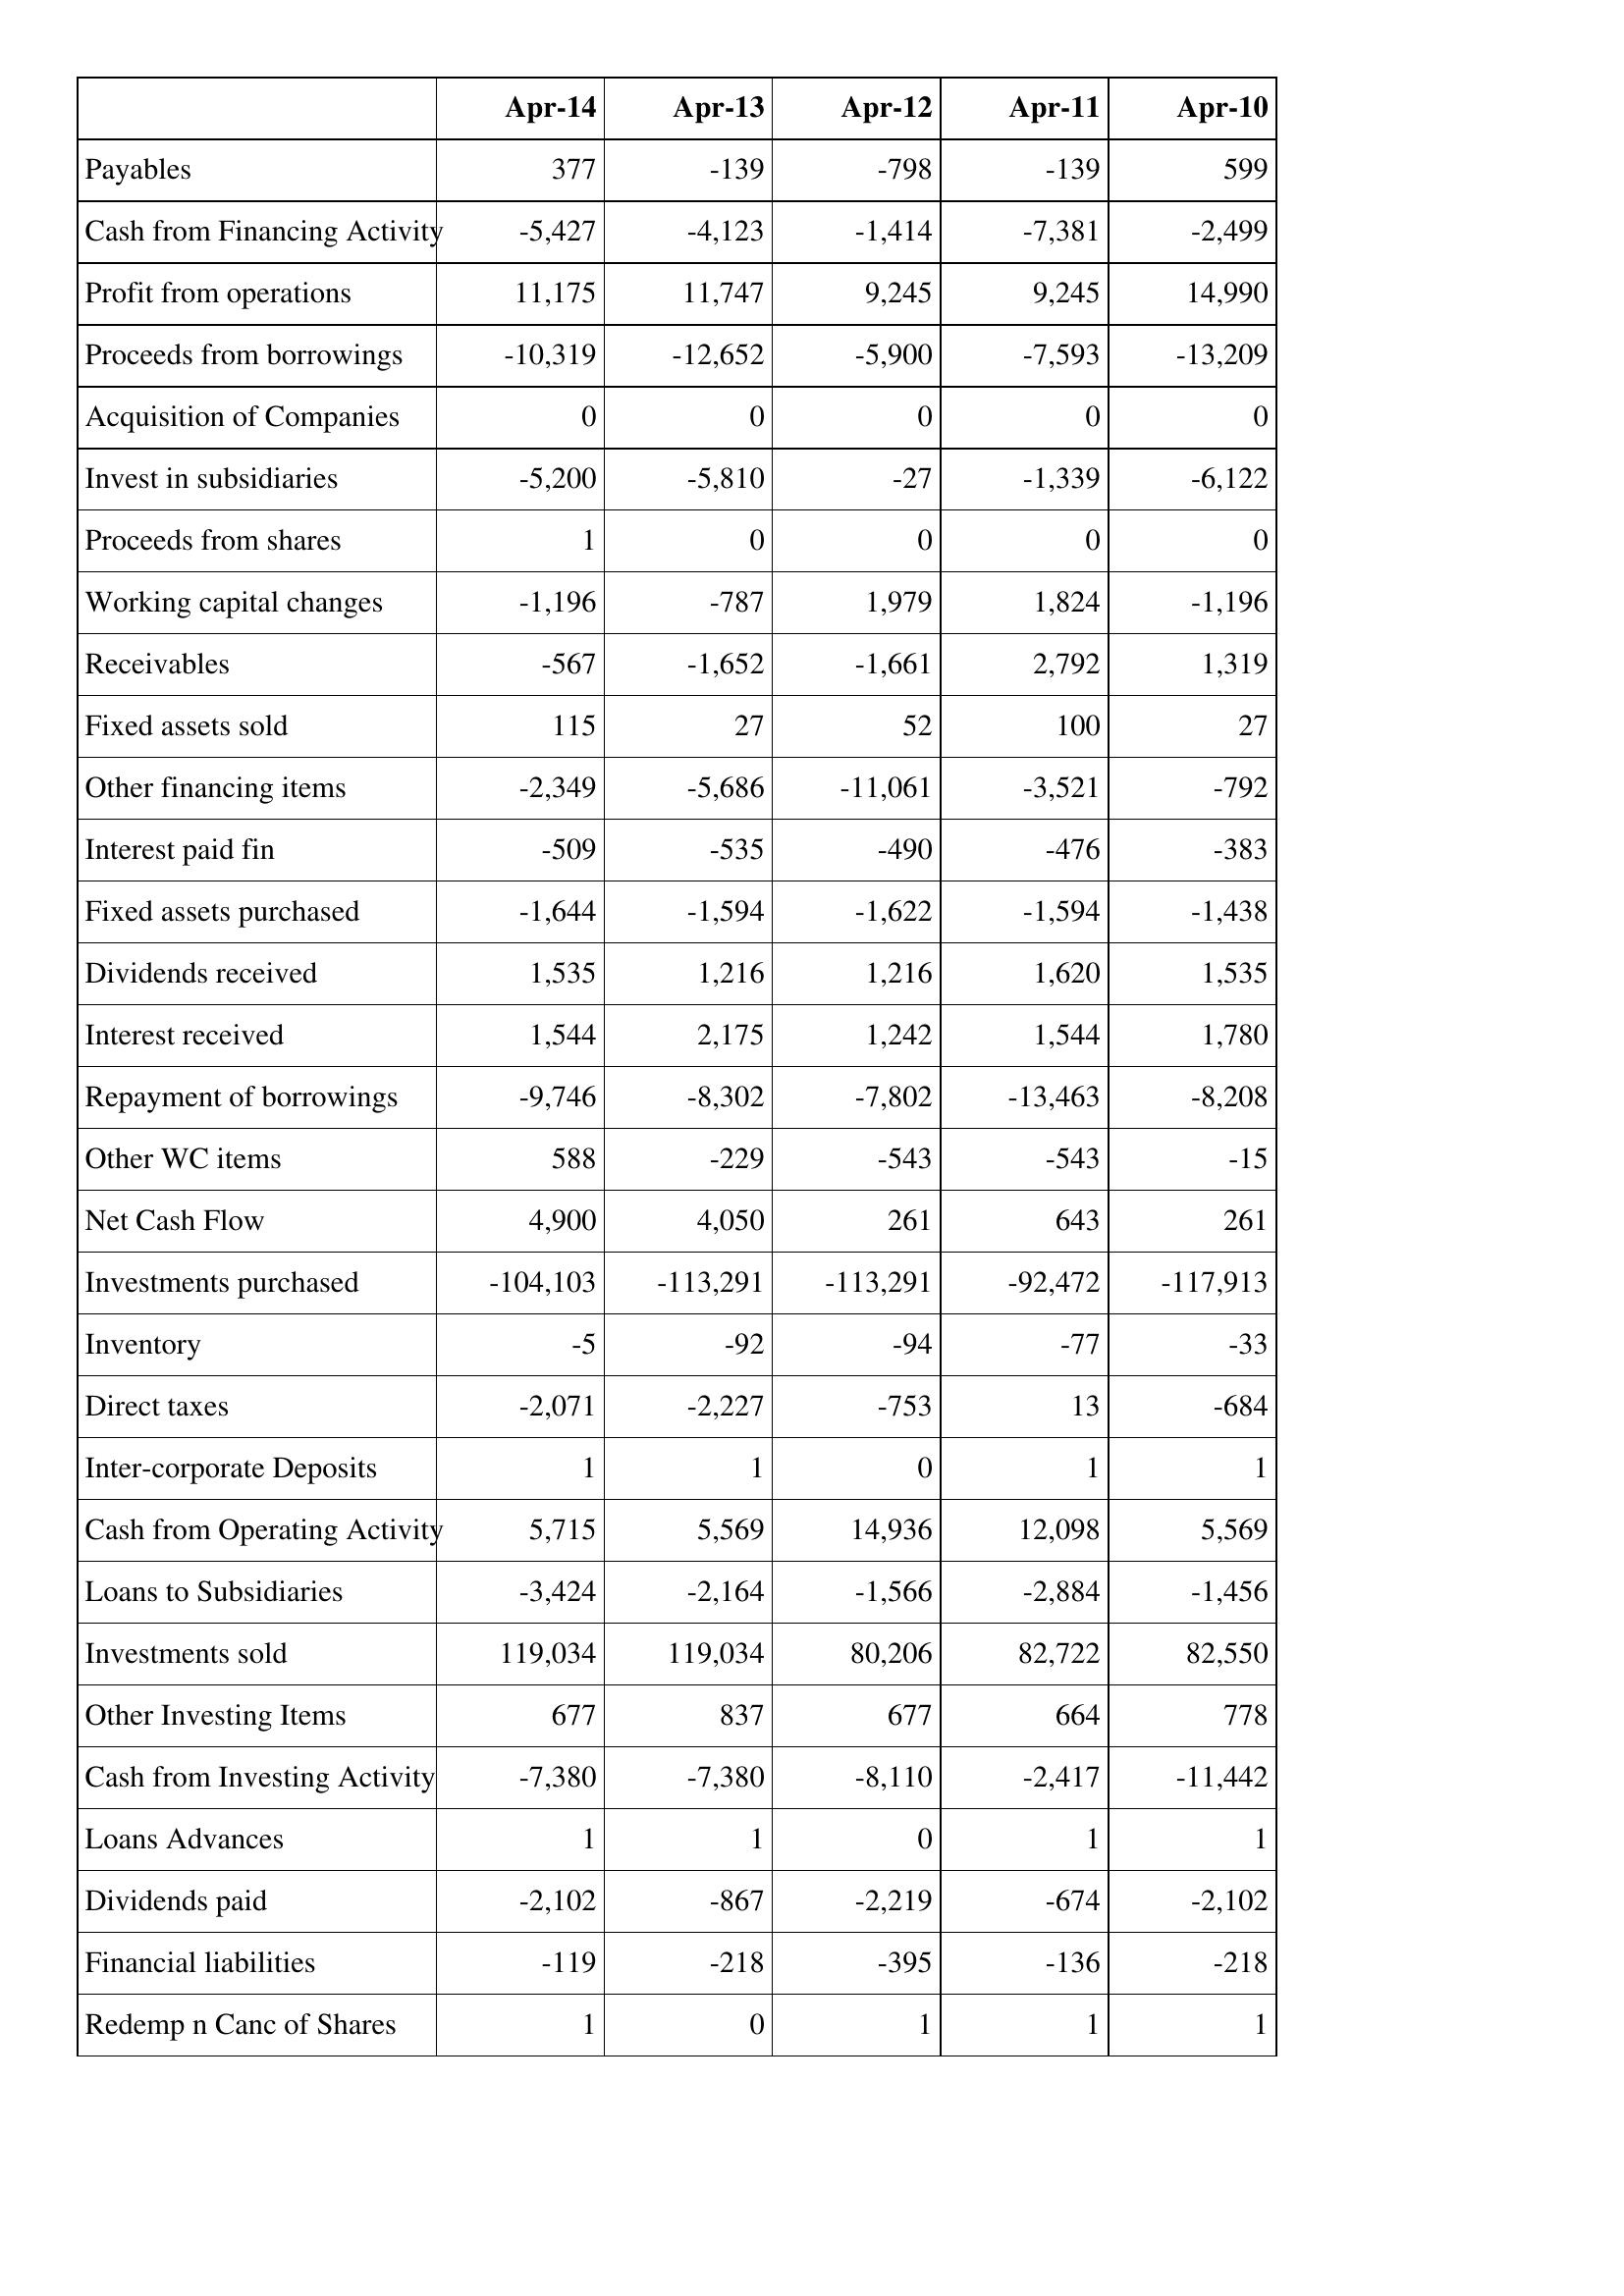
Apr-14: Cash Flows: Payables: 377
Cash from Financing Activity: -5,427
Profit from operations: 11,175
Proceeds from borrowings: -10,319
Acquisition of Companies: 0
Invest in subsidiaries: -5,200
Proceeds from shares: 1
Working capital changes: -1,196
Receivables: -567
Fixed assets sold: 115
Other financing items: -2,349
Interest paid fin: -509
Fixed assets purchased: -1,644
Dividends received: 1,535
Interest received: 1,544
Repayment of borrowings: -9,746
Other WC items: 588
Net Cash Flow: 4,900
Investments purchased: -104,103
Inventory: -5
Direct taxes: -2,071
Inter-corporate Deposits: 1
Cash from Operating Activity: 5,715
Loans to Subsidiaries: -3,424
Investments sold: 119,034
Other Investing Items: 677
Cash from Investing Activity: -7,380
Loans Advances: 1
Dividends paid: -2,102
Financial liabilities: -119
Redemp n Canc of Shares: 1
Apr-13: Cash Flows: Payables: -139
Cash from Financing Activity: -4,123
Profit from operations: 11,747
Proceeds from borrowings: -12,652
Acquisition of Companies: 0
Invest in subsidiaries: -5,810
Proceeds from shares: 0
Working capital changes: -787
Receivables: -1,652
Fixed assets sold: 27
Other financing items: -5,686
Interest paid fin: -535
Fixed assets purchased: -1,594
Dividends received: 1,216
Interest received: 2,175
Repayment of borrowings: -8,302
Other WC items: -229
Net Cash Flow: 4,050
Investments purchased: -113,291
Inventory: -92
Direct taxes: -2,227
Inter-corporate Deposits: 1
Cash from Operating Activity: 5,569
Loans to Subsidiaries: -2,164
Investments sold: 119,034
Other Investing Items: 837
Cash from Investing Activity: -7,380
Loans Advances: 1
Dividends paid: -867
Financial liabilities: -218
Redemp n Canc of Shares: 0
Apr-12: Cash Flows: Payables: -798
Cash from Financing Activity: -1,414
Profit from operations: 9,245
Proceeds from borrowings: -5,900
Acquisition of Companies: 0
Invest in subsidiaries: -27
Proceeds from shares: 0
Working capital changes: 1,979
Receivables: -1,661
Fixed assets sold: 52
Other financing items: -11,061
Interest paid fin: -490
Fixed assets purchased: -1,622
Dividends received: 1,216
Interest received: 1,242
Repayment of borrowings: -7,802
Other WC items: -543
Net Cash Flow: 261
Investments purchased: -113,291
Inventory: -94
Direct taxes: -753
Inter-corporate Deposits: 0
Cash from Operating Activity: 14,936
Loans to Subsidiaries: -1,566
Investments sold: 80,206
Other Investing Items: 677
Cash from Investing Activity: -8,110
Loans Advances: 0
Dividends paid: -2,219
Financial liabilities: -395
Redemp n Canc of Shares: 1
Apr-11: Cash Flows: Payables: -139
Cash from Financing Activity: -7,381
Profit from operations: 9,245
Proceeds from borrowings: -7,593
Acquisition of Companies: 0
Invest in subsidiaries: -1,339
Proceeds from shares: 0
Working capital changes: 1,824
Receivables: 2,792
Fixed assets sold: 100
Other financing items: -3,521
Interest paid fin: -476
Fixed assets purchased: -1,594
Dividends received: 1,620
Interest received: 1,544
Repayment of borrowings: -13,463
Other WC items: -543
Net Cash Flow: 643
Investments purchased: -92,472
Inventory: -77
Direct taxes: 13
Inter-corporate Deposits: 1
Cash from Operating Activity: 12,098
Loans to Subsidiaries: -2,884
Investments sold: 82,722
Other Investing Items: 664
Cash from Investing Activity: -2,417
Loans Advances: 1
Dividends paid: -674
Financial liabilities: -136
Redemp n Canc of Shares: 1
Apr-10: Cash Flows: Payables: 599
Cash from Financing Activity: -2,499
Profit from operations: 14,990
Proceeds from borrowings: -13,209
Acquisition of Companies: 0
Invest in subsidiaries: -6,122
Proceeds from shares: 0
Working capital changes: -1,196
Receivables: 1,319
Fixed assets sold: 27
Other financing items: -792
Interest paid fin: -383
Fixed assets purchased: -1,438
Dividends received: 1,535
Interest received: 1,780
Repayment of borrowings: -8,208
Other WC items: -15
Net Cash Flow: 261
Investments purchased: -117,913
Inventory: -33
Direct taxes: -684
Inter-corporate Deposits: 1
Cash from Operating Activity: 5,569
Loans to Subsidiaries: -1,456
Investments sold: 82,550
Other Investing Items: 778
Cash from Investing Activity: -11,442
Loans Advances: 1
Dividends paid: -2,102
Financial liabilities: -218
Redemp n Canc of Shares: 1